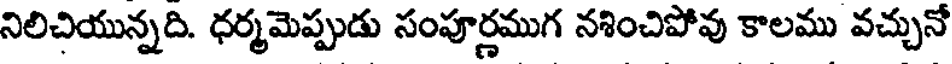
నిలిచియున్నది. ధర్మమెప్పుడు సంపూర్ణముగ నశించిపోవు కాలము వచ్చునో